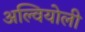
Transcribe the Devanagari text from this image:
अल्वियोली